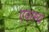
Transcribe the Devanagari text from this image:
एवास्य